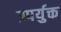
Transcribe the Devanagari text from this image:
उपर्युक्त